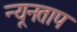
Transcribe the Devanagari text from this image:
न्यूनताप